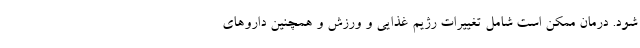
شود. درمان ممکن است شامل تغییرات رژیم غذایی و ورزش و همچنین داروهای